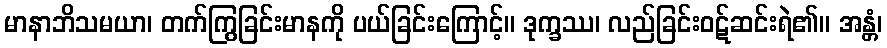
မာနာဘိသမယာ၊ တက်ကြွခြင်းမာနကို ပယ်ခြင်းကြောင့်။ ဒုက္ခဿ၊ လည်ခြင်းဝဋ်ဆင်းရဲ၏။ အန္တံ၊